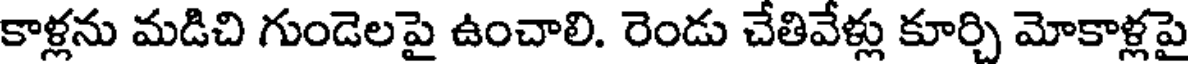
కాళ్లను మడిచి గుండెలపై ఉంచాలి. రెండు చేతివేళ్లు కూర్చి మోకాళ్లపై